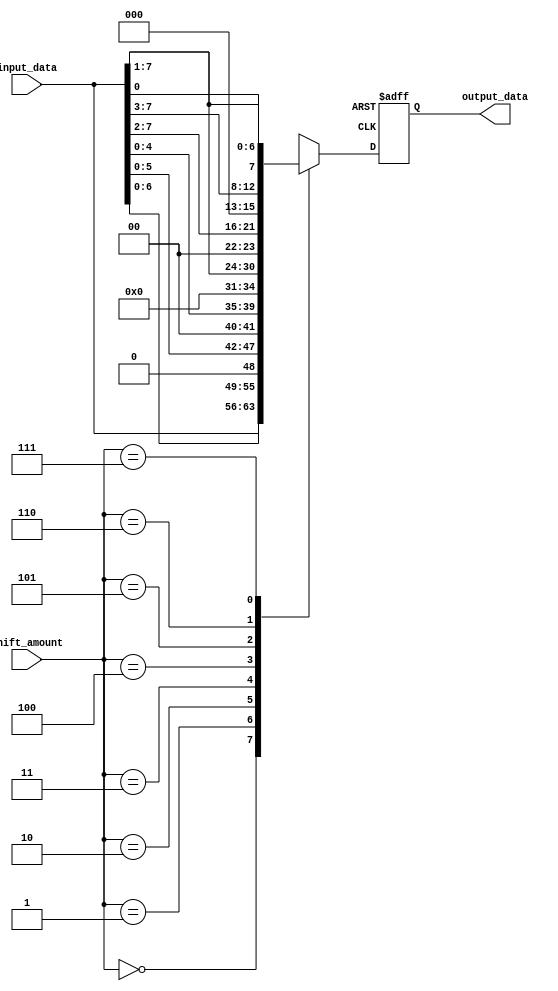
module rotating_barrel_shifter(
    input [7:0] input_data,
    input [2:0] shift_amount,
    output reg [7:0] output_data
);

always @(posedge clk or negedge rst) begin
    if (!rst) begin
        output_data <= 8'b00000000;
    end else begin
        case(shift_amount)
            3'b000: output_data <= input_data; // no shift
            3'b001: output_data <= input_data << 1; // left shift by 1
            3'b010: output_data <= input_data << 2; // left shift by 2
            3'b011: output_data <= input_data << 3; // left shift by 3
            3'b100: output_data <= input_data >> 1; // right shift by 1
            3'b101: output_data <= input_data >> 2; // right shift by 2
            3'b110: output_data <= input_data >> 3; // right shift by 3
            3'b111: output_data <= {input_data[0], input_data[7:1]}; // rotate right
        endcase
    end
end

endmodule